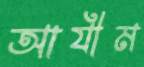
আযীম